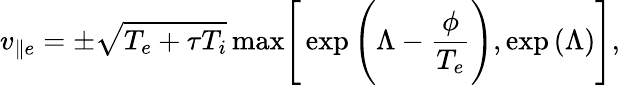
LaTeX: v_{\parallel e}=\pm\sqrt{T_{e}+\tau T_{i}}\, \mathrm{max}\Bigg[\exp{\Bigg(\Lambda-\frac{\phi}{T_{e}}\Bigg),\exp{(\Lambda)}}\Bigg],